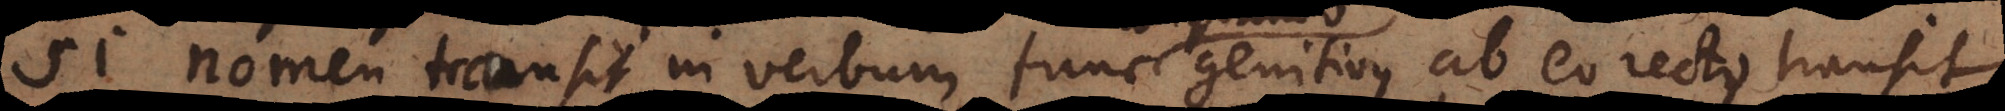
Si nomen transit in verbum, tunc genitivus ab eo rectus transit